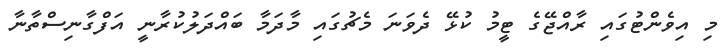
މި އިވެންޓުގައި ރާއްޖޭގެ ޓީމު ކުޅޭ ދެވަނަ މެޗުގައި މާދަމާ ބައްދަލުކުރާނީ އަފްގާނިސްތާނާ